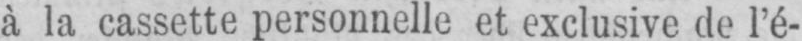
k la cassette personnelle et exclusive de l’é-